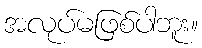
အလုပ်မဖြစ်ပါဘူး။